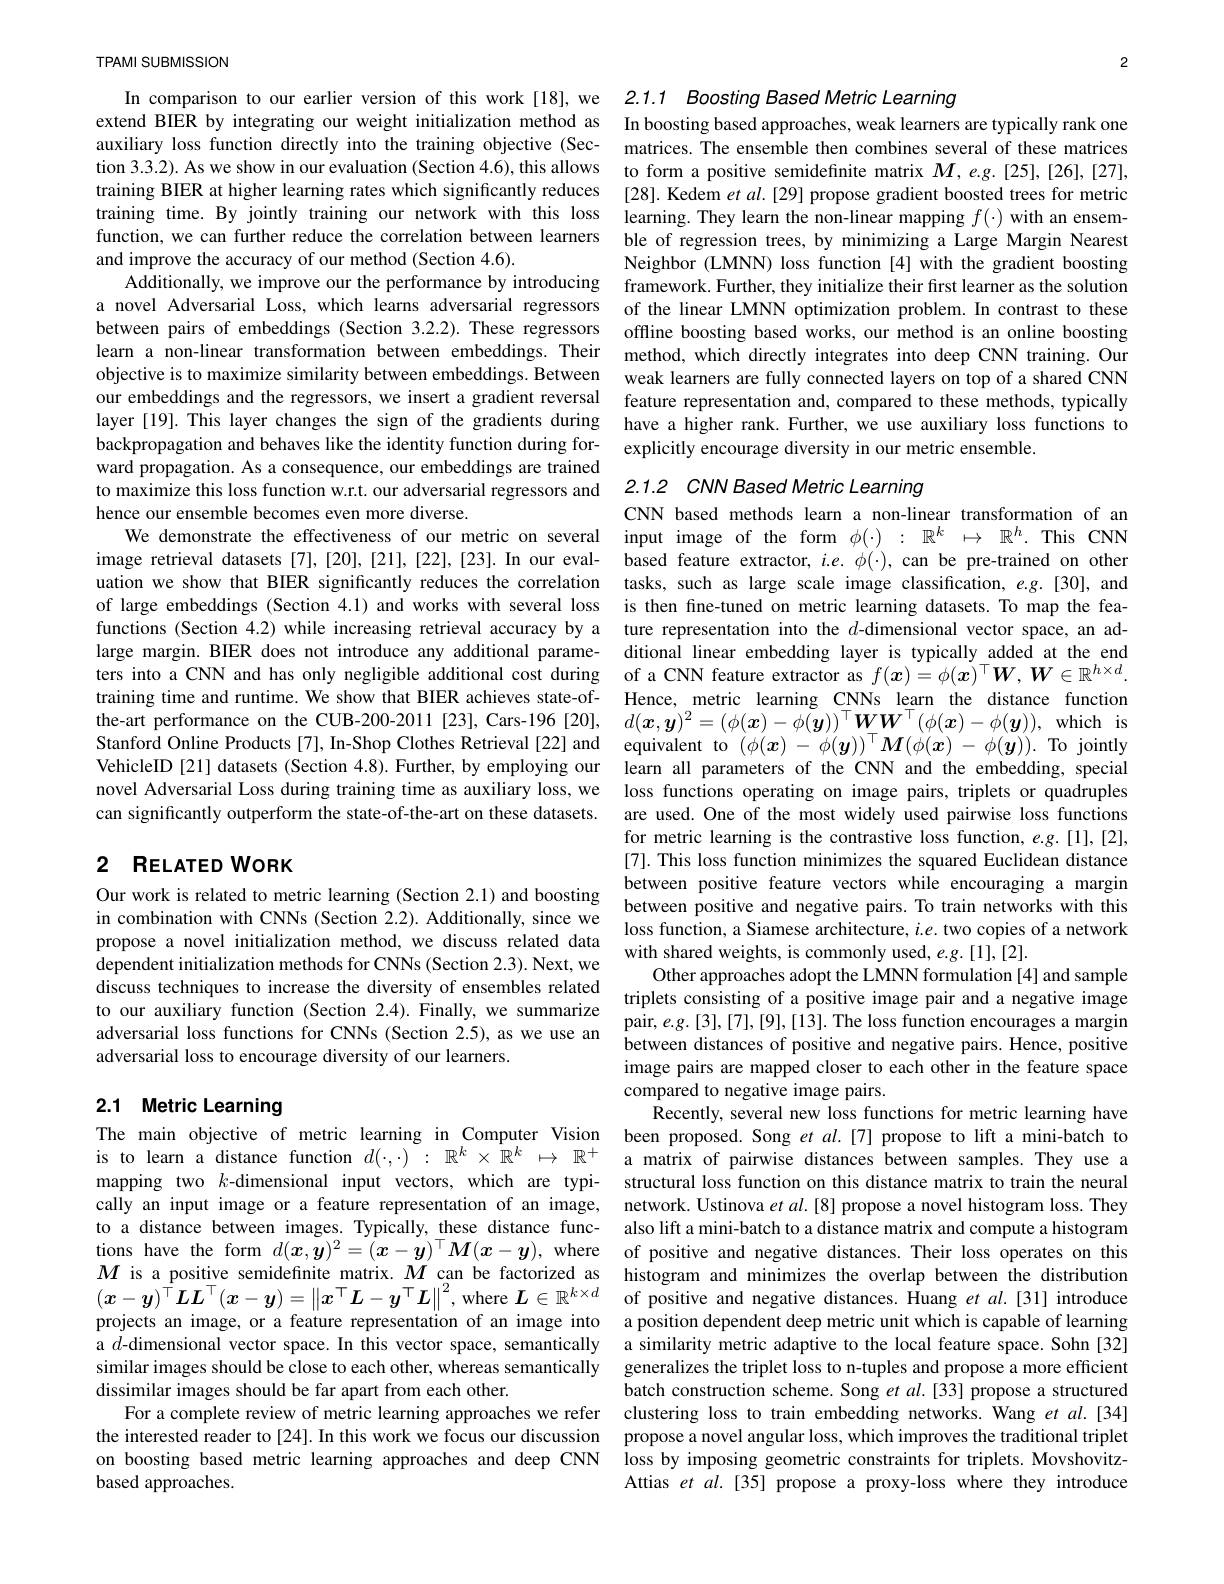
TPAMI SUBMISSION

extend BIER by integrating our weight initialization method as auxiliary loss function directly into the training objective (Section 3.3.2). As we show in our evaluation (Section 4.6), this allows training BIER at higher learning rates which significantly reduces training time. By jointly training our network with this loss and improve the accuracy of our method (Section 4.6).
objective is to maximize similarity between embeddings. Between backpropagation and behaves like the identity function during forward propagation. As a consequence, our embeddings are trained to maximize this loss function w.r.t. our adversarial regressors and 2.1.2 CNN Based Metric Learning
hence our ensemble becomes even more diverse.
We demonstrate the effectiveness of our metric on several input image of the form $\phi(\cdot):\mathbb{R}^k\mapsto\mathbb{R}^h.$ This CNN image retrieval datasets[7],[20],[21],[22],[23].In our eval- based feature extractor, $ie.\phi(\cdot)$, can be pre-trained on other uation we show that BIER significantly reduces the correlation tasks, such as large scale image classification, $e.g.$ [30], and of large embeddings (Section 4.1) and works with several loss is then fine-tuned on metric learning datasets. To map the feafunctions (Section 4.2) while increasing retrieval accuracy by a ture representation into the $d$-dimensional vector space, an adlarge margin. BIER does not introduce any additional parame-
ters into a CNN and has only negligible additional cost during of a CNN feature extractor as $f(\boldsymbol{x})=\phi(\boldsymbol{x})^\top\boldsymbol{W},\boldsymbol{W}\in\mathbb{R}^{h\times d}.$
training time and runtime. We show that BIER achieves state-of-
the-art performance on the CUB-200-2011[23], Cars-196[20], $d(\boldsymbol{x},\boldsymbol{y})^2=(\phi(\boldsymbol{x})-\phi(\boldsymbol{y}))^\top\boldsymbol{W}\boldsymbol{W}^\top(\phi(\boldsymbol{x})-\phi(\boldsymbol{y}))$, which is Stanford Online Products [7], In-Shop Clothes Retrieval [22] and equivalent to $(\phi(x)-\phi(y))^\top\boldsymbol{M}(\phi(x)-\phi(y)).$ To jointly VehicleID[21] datasets (Section 4.8). Further, by employing our learn all parameters of the CNN and the embedding, special novel Adversarial Loss during training time as auxiliary loss, we can significantly outperform the state-of-the-art on these datasets.

## 2 RELATED WORK

Our work is related to metric learning (Section 2.1) and bossting between positive and negative pairs.To train networks with this in combination with CNNs (Section 2.2).Aditionally,since we between positive and negative pairs.To train networks with this
dependent initialization methods for CNNs (Section 2.3). Next, we
discuss techniques to increase the diversity of adversarial loss functions for CNNs (Section 2.5 adversarial loss to encourage diversity of our learners.

# 2.1 Metric Learning

is to learn a distance function $d(\cdot,\cdot)~:~\mathbb{R}^k\times~\mathbb{R}^k~\mapsto~\mathbb{R}^+$ mapping two $k$-dimensional input vectors, which are typito a distance between images. Typically, these distance funcsimilar images should be close to each other, whereas semantically dissimilar images should be far apart from each other.
on boosting based metric learning approaches and deep CNN
based approaches.

2

In comparison to our earlier version of this work [18], we 2.1.1 Boosting Based Metric Learning
In boosting based approaches, weak learners are typically rank one

matrices. The ensemble then combines several of these matrices to form a positive semidefinite matrix $M,e.g.[25],[26],[27]$, [28]. Kedem et al. [29] propose gradient boosted trees for metric learning. They learn the non-linear mapping $f(\cdot)$ with an ensem-
function, we can further reduce the correlation between learners ble of regression trees, by minimizing a Large Margin Nearest
Neighbor (LMNN) loss function [4] with the gradient boosting
Additionally, we improve our the performance by introducing framework. Further, they initialize their first learner as the solution a novel Adversarial Loss, which learns adversarial regressors of the linear LMNN optimization problem. In contrast to these between pairs of embeddings (Section 3.2.2). These regressors offline boosting based works, our method is an online boosting learn a non-linear transformation between embeddings. Their method, which directly integrates into deep CNN training. Our
weak learners are fully connected layers on top of a shared CNN
our embeddings and the regressors, we insert a gradient reversal feature representation and, compared to these methods, typically layer [19]. This layer changes the sign of the gradients during have a higher rank. Further, we use auxiliary loss functions to
explicitly encourage diversity in our metric ensemble.

CNN based methods learn a non-linear transformation of an ditional linear embedding layer is typically added at the end Hence, metric learning CNNs learn the distance function loss functions operating on image pairs, triplets or quadruples are used. One of the most widely used pairwise loss functions for metric learning is the contrastive loss function, e.g.[1],[2], [7]. This loss function minimizes the squared Euclidean distance between positive feature vectors while encouraging a margin
Other approaches adopt the LMNN formulation [4] and sample image pairs are mapped closer to each other in the feature space compared to negative image pairs.
Recently, several new loss functions for metric learning have
The main objective of metric learning in Computer Vision been proposed. Song $etal.[7]$ propose to lift a mini-batch to
a matrix of pairwise distances between samples. They use a structural loss function on this distance matrix to train the neural
cally an input image or a feature representation of an image, network. Ustinova $etal.[8]$ propose a novel histogram loss. They
also lift a mini-batch to a distance matrix and compute a histogram
tions have the form $d(x,y)^2=(x-y)^\top M(x-y)$, where of positive and negative distances. Their loss operates on this$M$ is a positive semidefinite matrix. $M$ can be factorized as histogram and minimizes the overlap between the distribution $M$ is a positive semidefinite matrix. $\boldsymbol{M}$ can be factorized as histogram and minimizes the overlap between the distribution $( x- y) ^\top \boldsymbol{L}\boldsymbol{L}^\top ( x- \boldsymbol{y}) = \left \| x^\top \boldsymbol{L}- \boldsymbol{y}^\top \boldsymbol{L}\right \| ^2$, where $\boldsymbol{L}\in \mathbb{R} ^{k\times d}$ of positive and negative distances. Huang et projects an image, or a feature representation of an image into a position dependent deep metric unit which is capable of learning a $d$-dimensional vector space. In this vector space, semantically a similarity metric adaptive to the local feature space. Sohn [32]
generalizes the triplet loss to n-tuples and propose a more efficient batch construction scheme. Song et al.[33] propose a structured
For a complete review of metric learning approaches we refer clustering loss to train embedding networks. Wang et al.[34] the interested reader to[24]. In this work we focus our discussion propose a novel angular loss, which improves the traditional triplet
loss by imposing geometric constraints for triplets. MovshovitzAttias et al.[35] propose a proxy-loss where they introduce